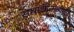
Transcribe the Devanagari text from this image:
समाधानात्मक